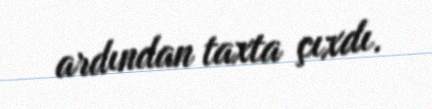
ardından taxta çıxdı.